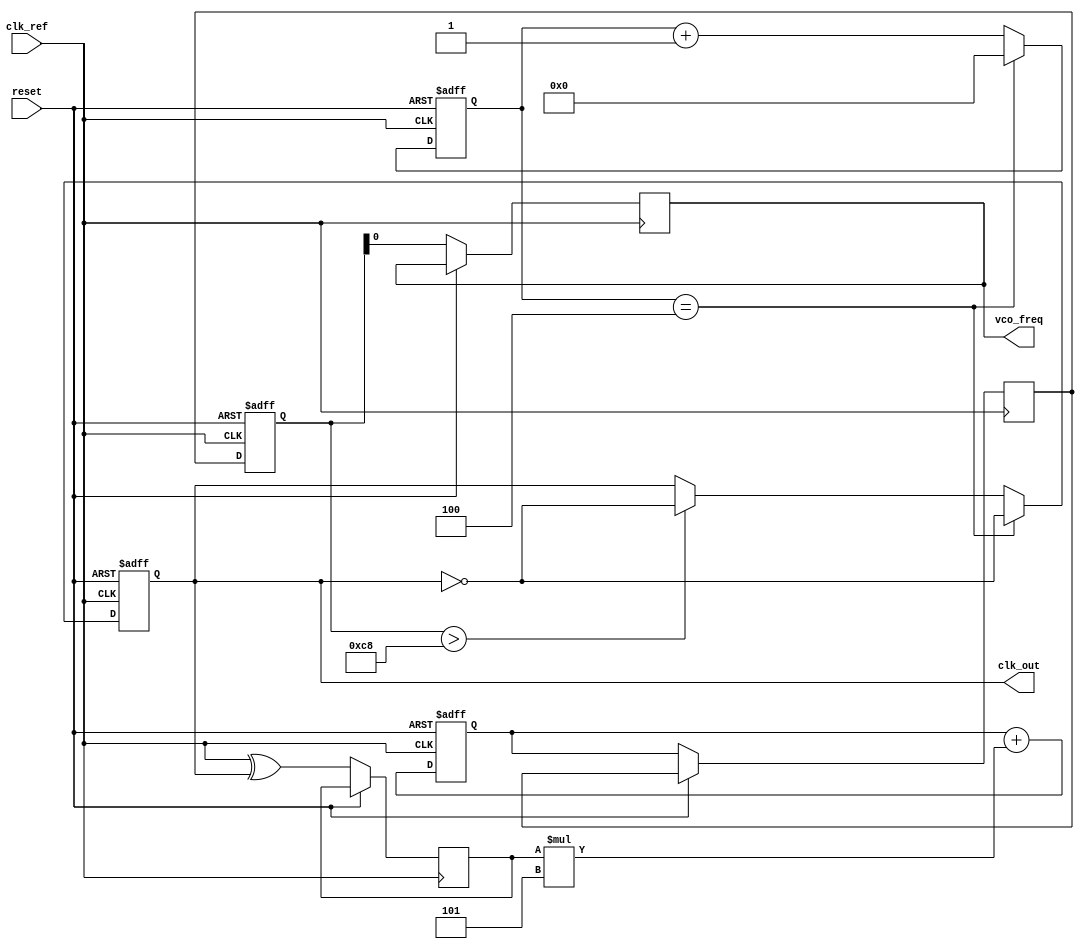
module dual_loop_pll (
    input wire clk_ref,          // Reference clock input
    input wire reset,            // Reset signal
    output reg clk_out,          // Output clock
    output reg vco_freq          // VCO frequency output (for monitoring)
);

    // Phase Detector (PD) parameters
    reg phase_error;             // Phase error signal

    // Loop Filter parameters
    reg [7:0] filter_output;     // Filter output for VCO control
    reg [7:0] outer_loop_gain = 8'd5; // Outer loop gain
    reg [7:0] inner_loop_gain = 8'd3; // Inner loop gain

    // Frequency Control (VCO) parameters
    reg [7:0] current_vco_freq;  // Current VCO frequency
    reg [7:0] vco_control_signal; // Control signal for VCO
    parameter VCO_MAX_FREQ = 8'd200; // Max VCO frequency
    parameter VCO_MIN_FREQ = 8'd50;   // Min VCO frequency

    // Feedback divider
    reg [3:0] feedback_div;      // Feedback divider

    // Inner Loop Phase Detector
    reg inner_phase_error;        // Inner loop phase error signal

    // Clock Generation
    always @(posedge clk_ref or posedge reset) begin
        if (reset) begin
            clk_out <= 0;
            current_vco_freq <= VCO_MIN_FREQ;
            filter_output <= 0;
            feedback_div <= 0;
        end else begin
            // Phase Detector
            phase_error <= clk_ref ^ clk_out; // Simple XOR for phase detection

            // Outer Loop Filter
            filter_output <= filter_output + (phase_error * outer_loop_gain); // Simplified filter

            // Control VCO Frequency
            vco_control_signal <= filter_output;
            current_vco_freq <= vco_control_signal;

            // Generate Output Clock
            if (current_vco_freq > VCO_MAX_FREQ) begin
                clk_out <= ~clk_out; // Toggle output clock
            end

            // Feedback Path (for simplicity, let's assume a divider of 4)
            feedback_div <= feedback_div + 1;
            if (feedback_div == 4) begin
                feedback_div <= 0;
                // Example feedback usage, toggle the clock based on feedback
                clk_out <= ~clk_out;
            end

            // Output VCO Frequency (for monitoring)
            vco_freq <= current_vco_freq;
        end
    end

    // Inner Loop for fine-tuning (Placeholder, not fully implemented)
    always @(posedge clk_out) begin
        inner_phase_error <= clk_out ^ clk_ref;  // Simple phase error detection
        // Adjust inner loop control here (not fully implemented in this example)
    end

endmodule